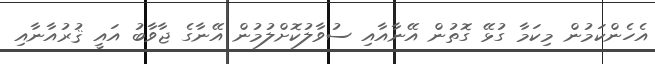
އެހެންކަމުން މިކަމާ ގުޅޭ ގޮތުން އޭނާއާއި ސުވާލުކޮށްލުމުން އޭނާގެ ޖާވާބު އައީ ޤުރުއާނާއި